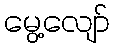
မွေ့လျော်